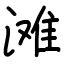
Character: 滩